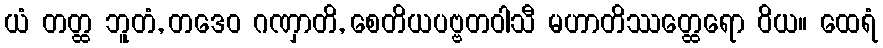
ယံ တတ္ထ ဘူတံ, တဒေဝ ဂဏှာတိ, စေတိယပဗ္ဗတဝါသီ မဟာတိဿတ္ထေရော ဝိယ။ ထေရံ